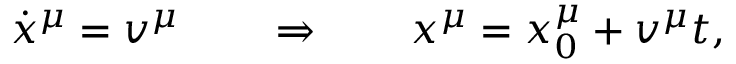
\dot { x } ^ { \mu } = v ^ { \mu } \qquad \Rightarrow \qquad x ^ { \mu } = x _ { 0 } ^ { \mu } + v ^ { \mu } t ,